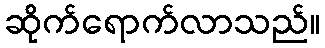
ဆိုက်ရောက်လာသည်။